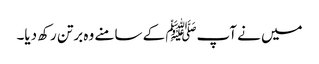
میں نے آپﷺ کے سامنے وہ برتن رکھ دیا۔